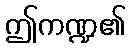
ဤကဏ္ဍ၏